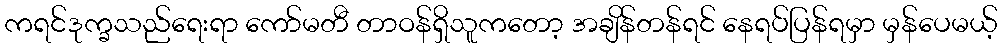
ကရင်ဒုက္ခသည်ရေးရာ ကော်မတီ တာဝန်ရှိသူကတော့ အချိန်တန်ရင် နေရပ်ပြန်ရမှာ မှန်ပေမယ့်